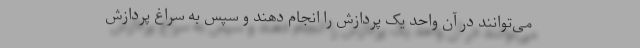
می‌توانند در آن واحد یک پردازش را انجام دهند و سپس به سراغ پردازش